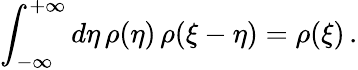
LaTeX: \int_{-\infty}^{+\infty}d\eta\, \rho(\eta)\, \rho(\xi-\eta)=\rho(\xi)\, .